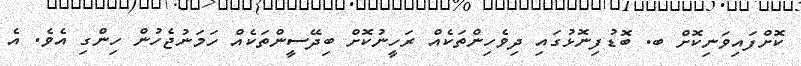
ކޮށްފައިވަނިކޮށް ބ. ބޮޑުފިނޮޅުގައި ދިވެހިންތަކެއް ރަހީނުކޮށް ބިދޭސީންތަކެއް ހަމަނުޖެހުން ހިންގި އެވެ. އެ